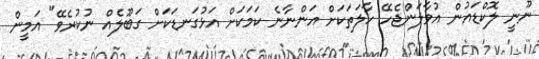
ނޫނީ ލޮކްޑައުން އުވާލަންޖެހޭ ހާލަތަކަށް އަންނާނެ ކަމަކަށް އަޅުގަނޑަކަށް ގަބޫލެއް ނުކުރެވޭ" އަމީން